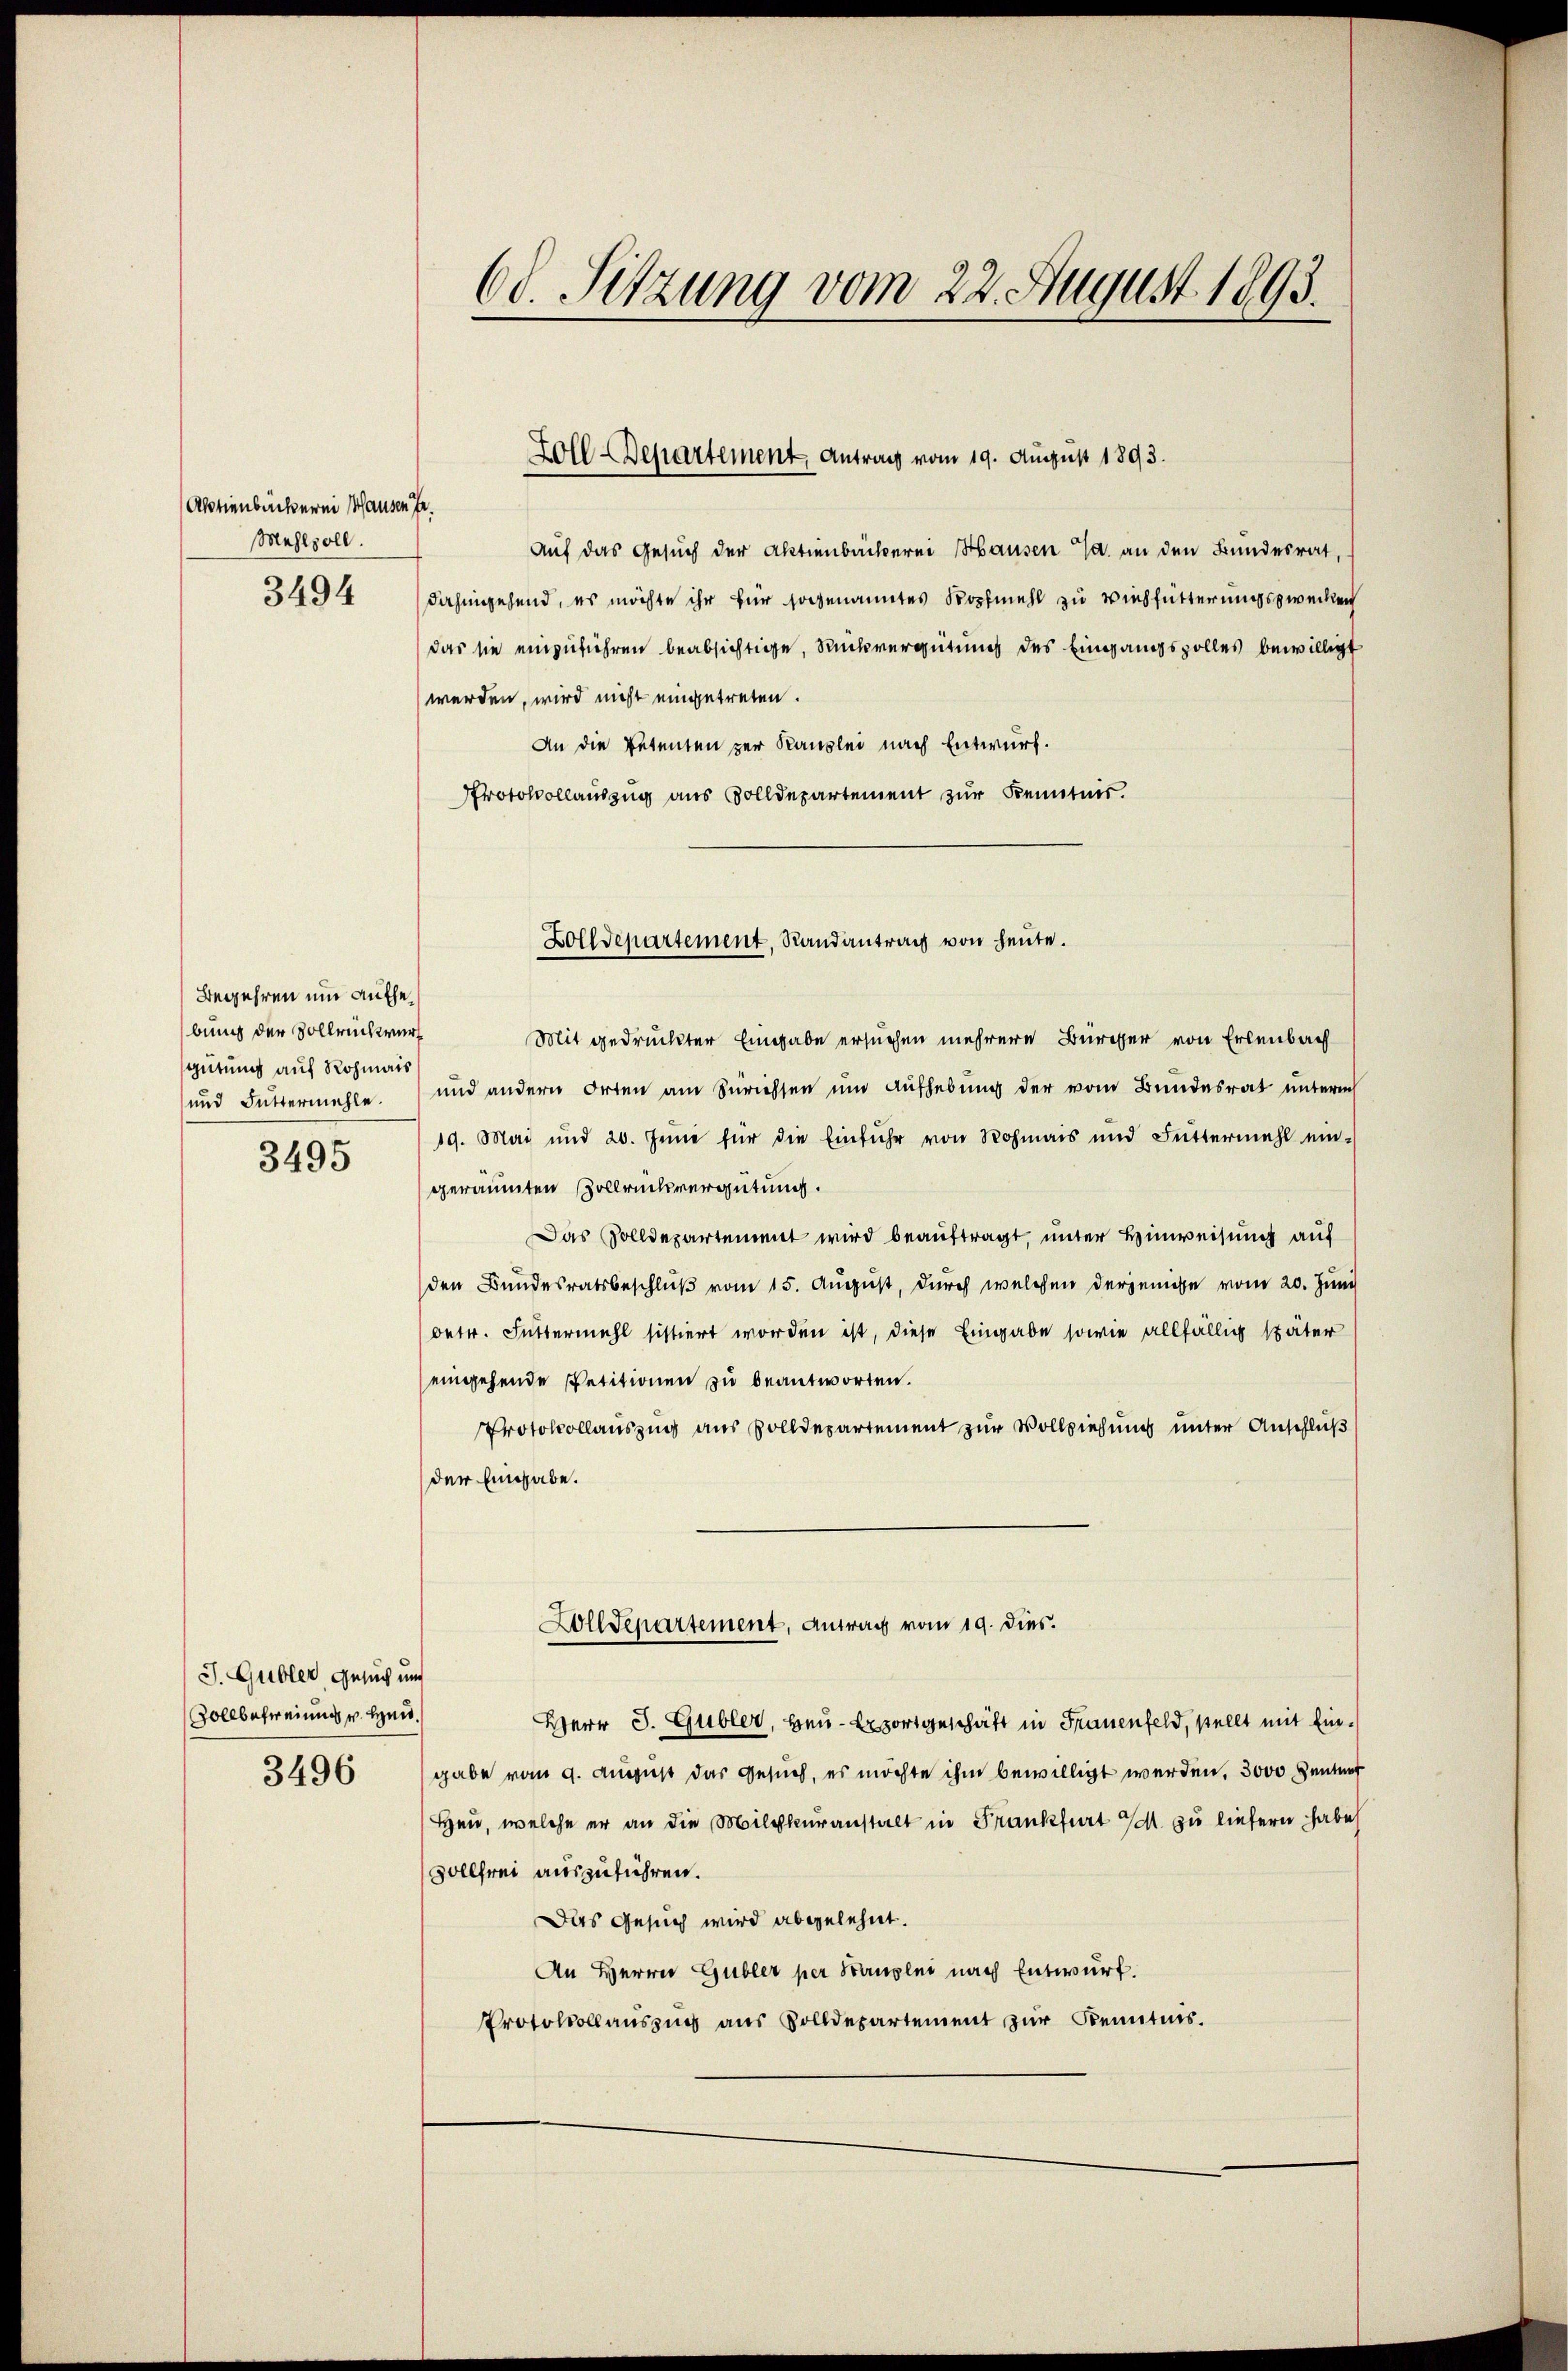
Aktienbäckerei Hausen fr.
Mahlzoll.
3494

Begehren um Aufhebung der Sollrichwurgütung auf Rohmais

3495

J. Gubler Gesuch uns
ollbefreiung v. Hend.

3496

68. Sitzung vom 22. August 1893.

Mit gedruckter Eingabe ersuchen mehrere Bürcher von Erlenbach
und Futtermehle.  und andern Orten am Seriessen ŭm Aŭfhebŭng der vom Bundesrat ŭnterm
19. Mai und 20. Junii für die Einführ von Rohmais und Futtermahl ein-
geräumten Zollrichsvergütung.
Das solldepartement wird beauftragt, unter Hinweisung auf
den Bundesratsbeschluß vom 15. August, durch welchen derjenige vom 20. Juni
betr. Futtermahl sistiert worden ist, diese Eingabe sowie allfällig später
eingehende Petitionen zu beantworten.
Protokollauszug aus Zolldepartement zur Vollziehung unter Anschluß
der Eingabe.
Zolldepartement, Antrag vom 19. dies
Herr J. Gubler, Heu-Exportgeschäft in Frauenfeld, stellt mit Eingabe vom 9. August das Gesuch, es möchte ihm bewilligt werden, 3000 Zentner
Heu, welche er an die Milchkuranstalt in Frankfurt M. zu liefern habe
vollfrei auszuführen.
Das Gesuch wird abgelehnt.
An Herrn Gubler per Kanzlei nach Entwurf.
Protokollauszug aus Zolldepartement zur Kenntnis.

Auf das Gesuch der Aktienbäckerei Hausen J. an den Bundesrat, s
dahingehend, es möchte ihr für sogenanntes Kopfmahl zu Viehfütterungszwecken
das sie einzuführen beabsichtige, Rückvergütung des Eingangszolles bewilligt
werden, wird nicht eingetreten.
An die Petenten zur Kanzlei nach Entwurf.
Protokollauszug aus Volldepartement zur Kenntnis.

Foll-Departement, Antrag vom 19. August 1893.

Zolldepartement, Randantrag von heute.